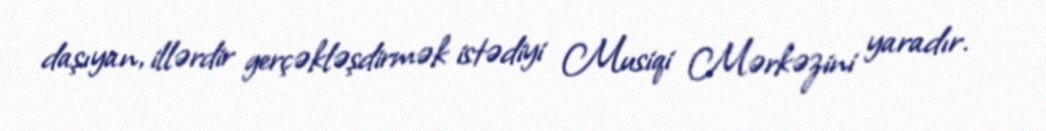
daşıyan, illərdir gerçəkləşdirmək istədiyi Musiqi Mərkəzini yaradır.